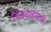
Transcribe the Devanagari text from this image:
चित्रवाहनाची